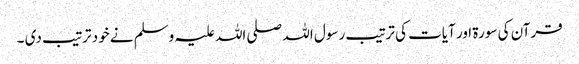
قرآن کی سورۃ‌ اور آیات کی ترتیب رسول اللہ صلی اللہ علیہ وسلم نے خود ترتیب دی ۔